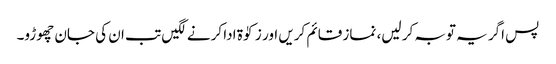
پس اگر یہ توبہ کر لیں، نماز قائم کریں اور زکوٰۃ ادا کرنے لگیں تب ان کی جان چھوڑو۔